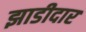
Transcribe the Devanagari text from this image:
झाडीदार